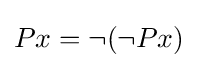
Px=\neg (\neg Px)